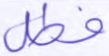
فطل